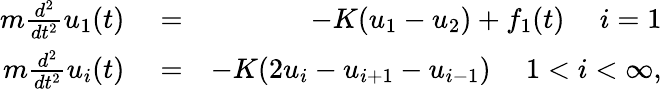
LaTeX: \begin{array}{rlr}{m\frac{d^{2}}{dt^{2}}u_{1}(t)}&{{}=}&{-K(u_{1}-u_{2})+f_{1}(t)\ \ \ \ \ i=1}\\ {m\frac{d^{2}}{dt^{2}}u_{i}(t)}&{{}=}&{-K(2u_{i}-u_{i+1}-u_{i-1})\ \ \ \ \ 1<i<\infty,}\end{array}